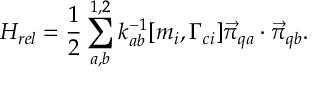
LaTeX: H _ { r e l } = { \frac { 1 } { 2 } } \sum _ { a , b } ^ { 1 , 2 } k _ { a b } ^ { - 1 } [ m _ { i } , \Gamma _ { c i } ] { \vec { \pi } } _ { q a } \cdot { \vec { \pi } } _ { q b } .